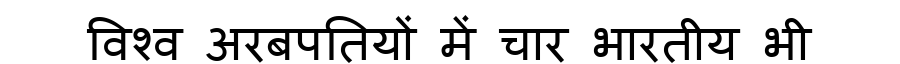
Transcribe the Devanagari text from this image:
विश्व अरबपतियों में चार भारतीय भी